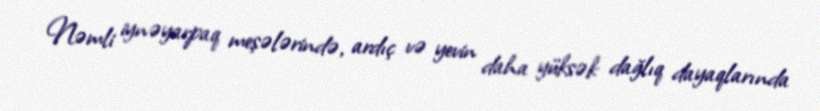
Nəmli iynəyarpaq meşələrində, ardıç və yevin daha yüksək dağlıq dayaqlarında